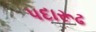
પદારૂઢ